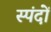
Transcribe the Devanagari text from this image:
स्‍पंदों